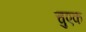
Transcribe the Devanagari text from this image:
चुएक